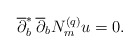
\begin{align*} \overline{\partial}^*_b\,\overline\partial_bN^{(q)}_mu=0.\end{align*}